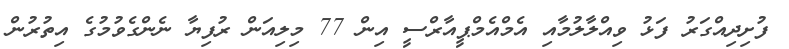
ފުށިދިއްގަރު ފަޅު ވިއްލާލުމާއި އެމްއެމްޕީއާރްސީ އިން 77 މިލިއަން ރުފިޔާ ނެންގެވުމުގެ އިތުުރުން